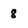
Character: 8